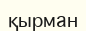
қырман